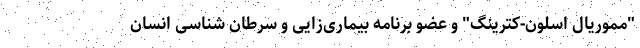
"مموریال اسلون-کترینگ" و عضو برنامه بیماری‌زایی و سرطان شناسی انسان